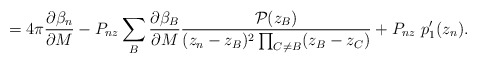
\begin{align*}=4\pi \frac{\partial \beta_n}{\partial M} - P_{nz}\sum_B\frac{\partial \beta_B}{\partial M} \frac{{\cal P}(z_B)}{(z_n-z_B)^2\prod_{C\neq B}(z_B-z_C)}+ P_{nz} ~p'_1(z_n).\end{align*}